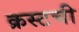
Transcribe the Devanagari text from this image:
क्रस्टची